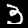
Digit: 3